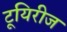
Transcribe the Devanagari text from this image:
टूयिरीज